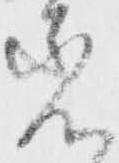
着